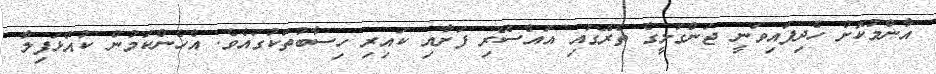
އާންމުކޮށް ހެދިފައިވަނީ ޖަންގަލީގެ ތެރޭގައި އައްސޭރި ފަށާއި ކައިރި ހިސާބުތަކުގައެވެ. އެހެންކަމުން ކުއްޅަފިލާ